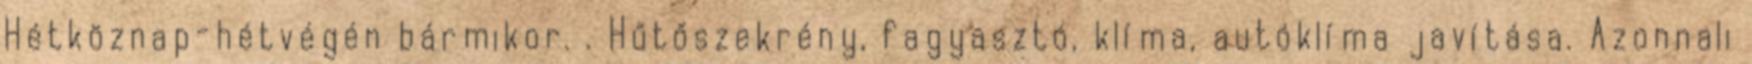
Hétköznap-hétvégén bármikor. . Hűtőszekrény, fagyasztó, klíma, autóklíma javítása. Azonnali